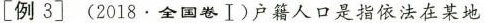
[例3] (2018.全国卷Ⅰ)户籍人口是指依法在某地